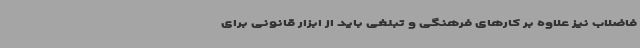
فاضلاب نیز علاوه بر کارهای فرهنگی و تبلغی باید از ابزار قانونی برای